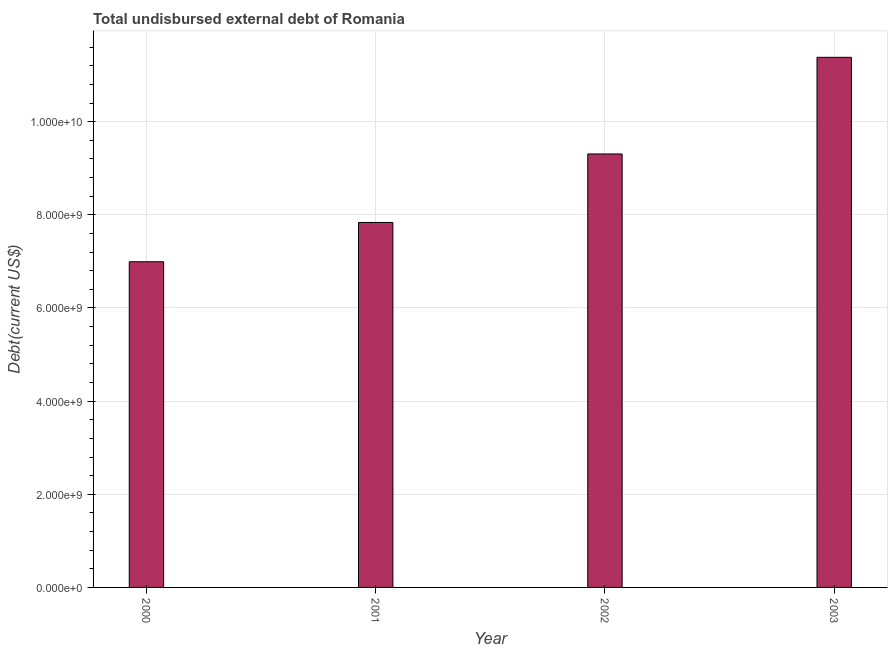
| Year | Total debt |
 | --- | --- |
 | 2000 | 6.99e+09 |
 | 2001 | 7.84e+09 |
 | 2002 | 9.31e+09 |
 | 2003 | 1.14e+10 |